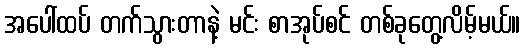
အပေါ်ထပ် တက်သွားတာနဲ့ မင်း စာအုပ်စင် တစ်ခုတွေ့လိမ့်မယ်။